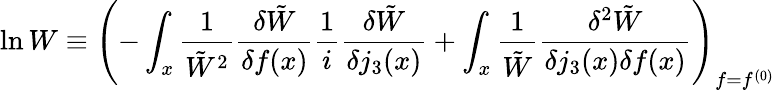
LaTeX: \ln W\equiv\left(-\int_{x}\frac{1}{\tilde{W}^{2}}\frac{\delta\tilde{W}}{\delta f(x)}\frac 1i\frac{\delta\tilde{W}}{\delta j_{3}(x)}+\int_{x}\frac{1}{\tilde{W}}\frac{\delta^{2}\tilde{W}}{\delta j_{3}(x)\delta f(x)}\right)_{f=f^{(0)}}